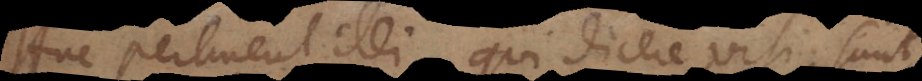
Huc pertinent illi qui dicere visi sunt